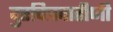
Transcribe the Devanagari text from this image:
दुरचित्रवाहीणी